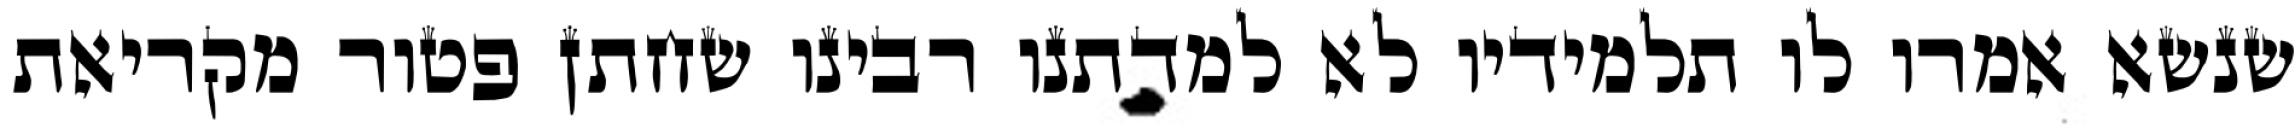
שנשא אמרו לו תלמידיו לא למדתנו רבינו שחתן פטור מקריאת